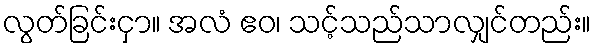
လွတ်ခြင်းငှာ။ အလံ ဧဝ၊ သင့်သည်သာလျှင်တည်း။